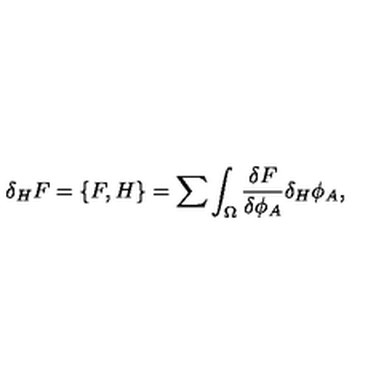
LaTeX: \delta _ { H } F = \{ F , H \} = \sum \int _ { \Omega } { \frac { \delta F } { \delta \phi _ { A } } } \delta _ { H } \phi _ { A } ,